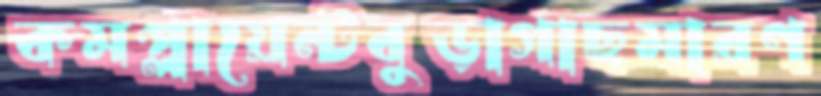
কমপ্লায়েন্টবুড়াগাছমারণ